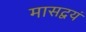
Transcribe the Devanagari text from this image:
मासद्वयं